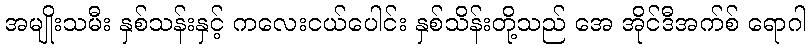
အမျိုးသမီး နှစ်သန်းနှင့် ကလေးငယ်ပေါင်း နှစ်သိန်းတို့သည် အေ အိုင်ဒီအက်စ် ရောဂါ